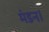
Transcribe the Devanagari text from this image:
मंडन।